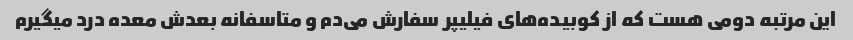
این مرتبه دومی هست که از کوبیده‌های فیلیپر سفارش می‌دم و متاسفانه بعدش معده درد میگیرم